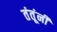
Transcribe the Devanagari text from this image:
तंतूंनी